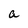
Character: a